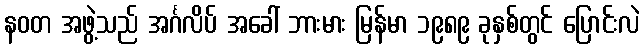
နဝတ အဖွဲ့သည် အင်္ဂလိပ် အခေါ် ဘားမား မြန်မာ ၁၉၈၉ ခုနှစ်တွင် ပြောင်းလဲ